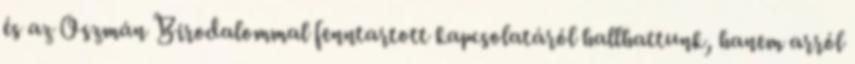
és az Oszmán Birodalommal fenntartott kapcsolatáról hallhattunk, hanem arról